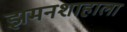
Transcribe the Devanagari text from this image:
झमनशाहाला